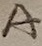
Text: A